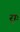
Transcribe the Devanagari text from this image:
र्‍ाः